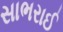
સાભરાઈ